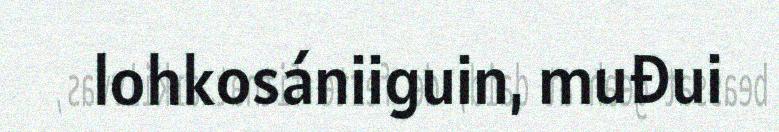
lohkosániiguin, muđui